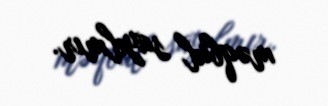
məqbul sayılmır.